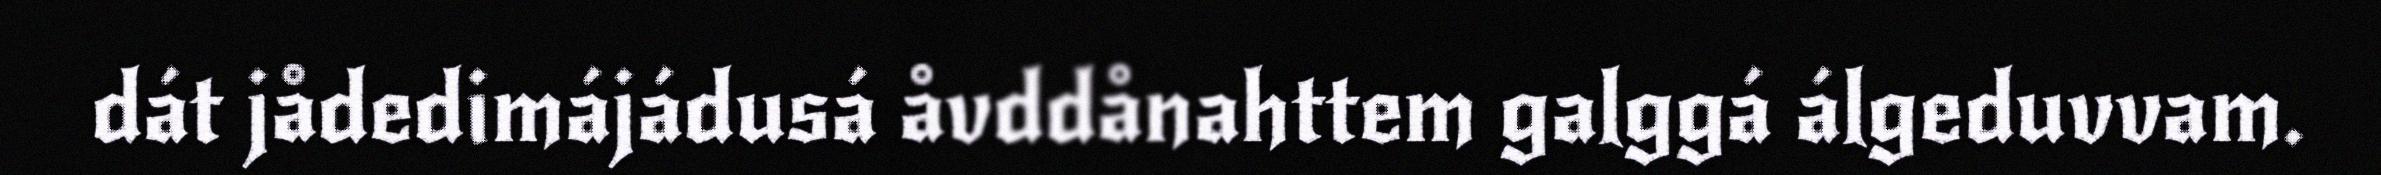
dát jådedimájádusá åvddånahttem galggá álgeduvvam.